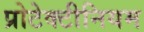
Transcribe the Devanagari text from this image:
प्रोटेक्टीनियम